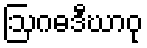
ဩဂဓဒီဃာဝု